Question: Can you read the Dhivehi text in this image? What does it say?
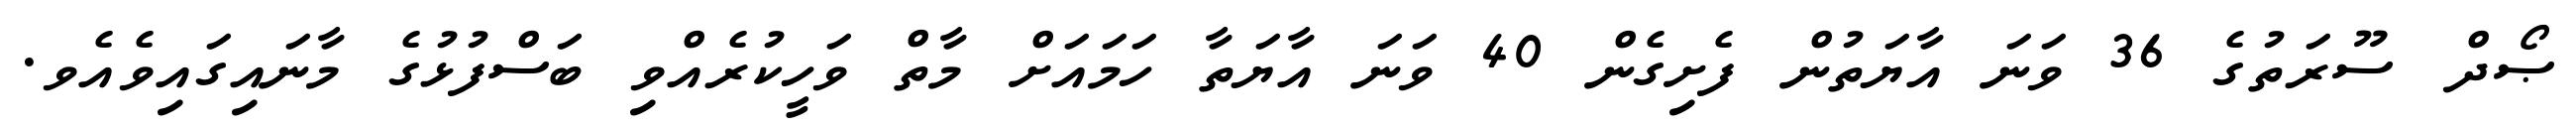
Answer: ޞޯދް ސޫރަތުގެ 36 ވަނަ އާޔަތުން ފެށިގެން 40 ވަނަ އާޔަތާ ހަމައަށް މާތް ވަހީކުރެއްވި ބަސްފުޅުގެ މާނައިގައިވެއެވ.